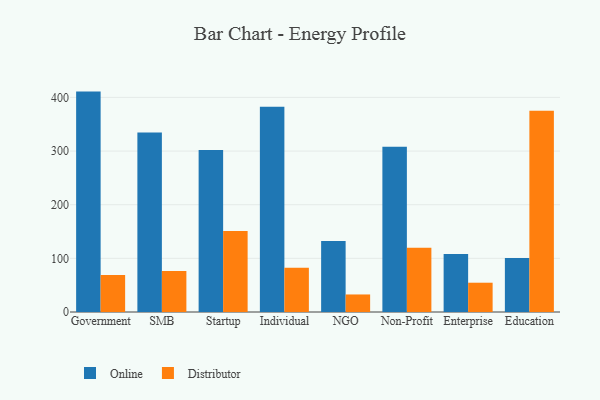
{"axis": {"x": "Segment", "y": "Headcount"}, "legend": ["Distributor", "Online"], "data": [{"x": "Government", "y": 410.8, "type": "Online"}, {"x": "Government", "y": 69.0, "type": "Distributor"}, {"x": "SMB", "y": 334.5, "type": "Online"}, {"x": "SMB", "y": 76.5, "type": "Distributor"}, {"x": "Startup", "y": 301.9, "type": "Online"}, {"x": "Startup", "y": 151.0, "type": "Distributor"}, {"x": "Individual", "y": 382.4, "type": "Online"}, {"x": "Individual", "y": 82.3, "type": "Distributor"}, {"x": "NGO", "y": 132.4, "type": "Online"}, {"x": "NGO", "y": 32.7, "type": "Distributor"}, {"x": "Non-Profit", "y": 308.2, "type": "Online"}, {"x": "Non-Profit", "y": 119.8, "type": "Distributor"}, {"x": "Enterprise", "y": 108.3, "type": "Online"}, {"x": "Enterprise", "y": 54.6, "type": "Distributor"}, {"x": "Education", "y": 100.8, "type": "Online"}, {"x": "Education", "y": 374.9, "type": "Distributor"}]}